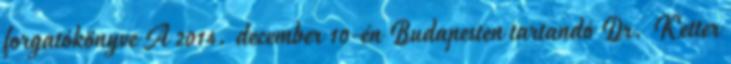
forgatókönyve A 2014. december 10-én Budapesten tartandó Dr. Ketter